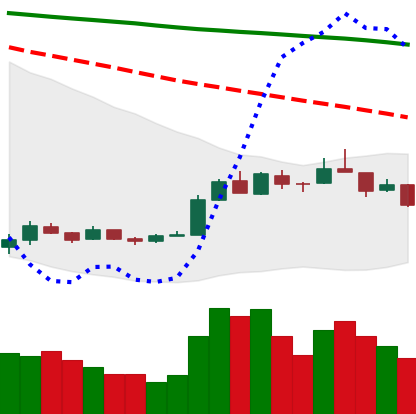
Ticker: EOS-USD
Chart end date: 2018-12-27
Forward return: 14.696%
Label: up_7plus